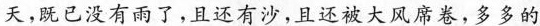
天，既已没有雨了，且还有沙，且还被大风席卷，多多的